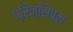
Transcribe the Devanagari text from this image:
प्रिन्सिप्ल